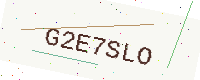
Text: G2E7SLO